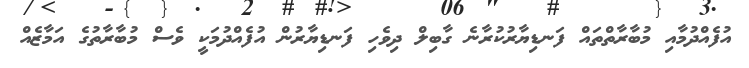
އުފެއްދުމާއި މުބާރާތްތައް ފަނޑިޔާރުކުރާނެ ގާބިލް ދިވެހި ފަނޑިޔާރުން އުފެއްދުމަކީ ވެސް މުބާރާތުގެ އަމާޒެއް